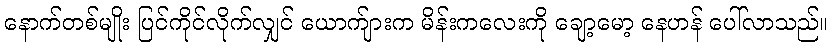
နောက်တစ်မျိုး ပြင်ကိုင်လိုက်လျှင် ယောက်ျားက မိန်းကလေးကို ချော့မော့ နေဟန် ပေါ်လာသည်။